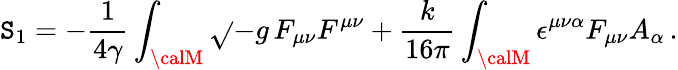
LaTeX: \mathtt{S}_{1}=-\frac{{1}}{{4\gamma}}\int_{\calM}\sqrt{}{{-g}}\, F_{\mu\nu}F^{\mu\nu}+\frac{{k}}{{16\pi}}\int_{\calM}\epsilon^{\mu\nu\alpha}F_{\mu\nu}A_{\alpha}\, .